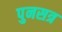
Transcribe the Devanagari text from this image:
पुनसत्र